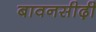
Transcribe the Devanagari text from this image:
बावनसीढ़ी